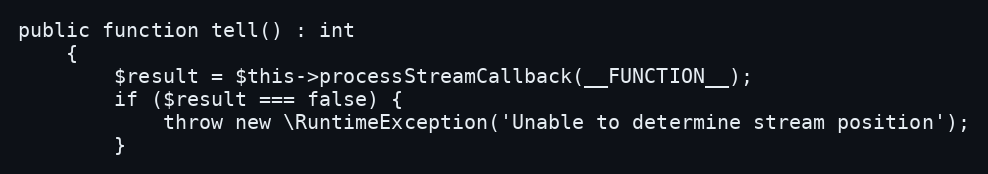
Language: PHP
public function tell() : int
    {
        $result = $this->processStreamCallback(__FUNCTION__);
        if ($result === false) {
            throw new \RuntimeException('Unable to determine stream position');
        }